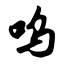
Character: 呜